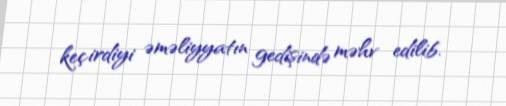
keçirdiyi əməliyyatın gedişində məhv edilib.